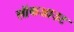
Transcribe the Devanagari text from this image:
लॉकआउट